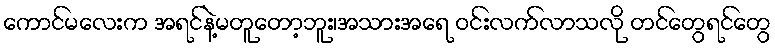
ကောင်မလေးက အရင်နဲ့မတူတော့ဘူး၊အသားအရေ ဝင်းလက်လာသလို တင်တွေရင်တွေ